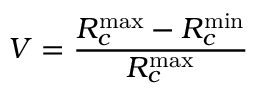
V = \frac { R _ { c } ^ { \mathrm { m a x } } - R _ { c } ^ { \mathrm { m i n } } } { R _ { c } ^ { \mathrm { m a x } } }